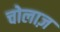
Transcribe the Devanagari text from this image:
चोलाज़